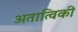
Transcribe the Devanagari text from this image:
अतात्विकी